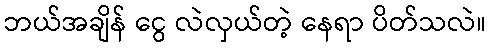
ဘယ်အချိန် ငွေ လဲလှယ်တဲ့ နေရာ ပိတ်သလဲ။